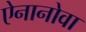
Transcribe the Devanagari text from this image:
ऐनानोवा